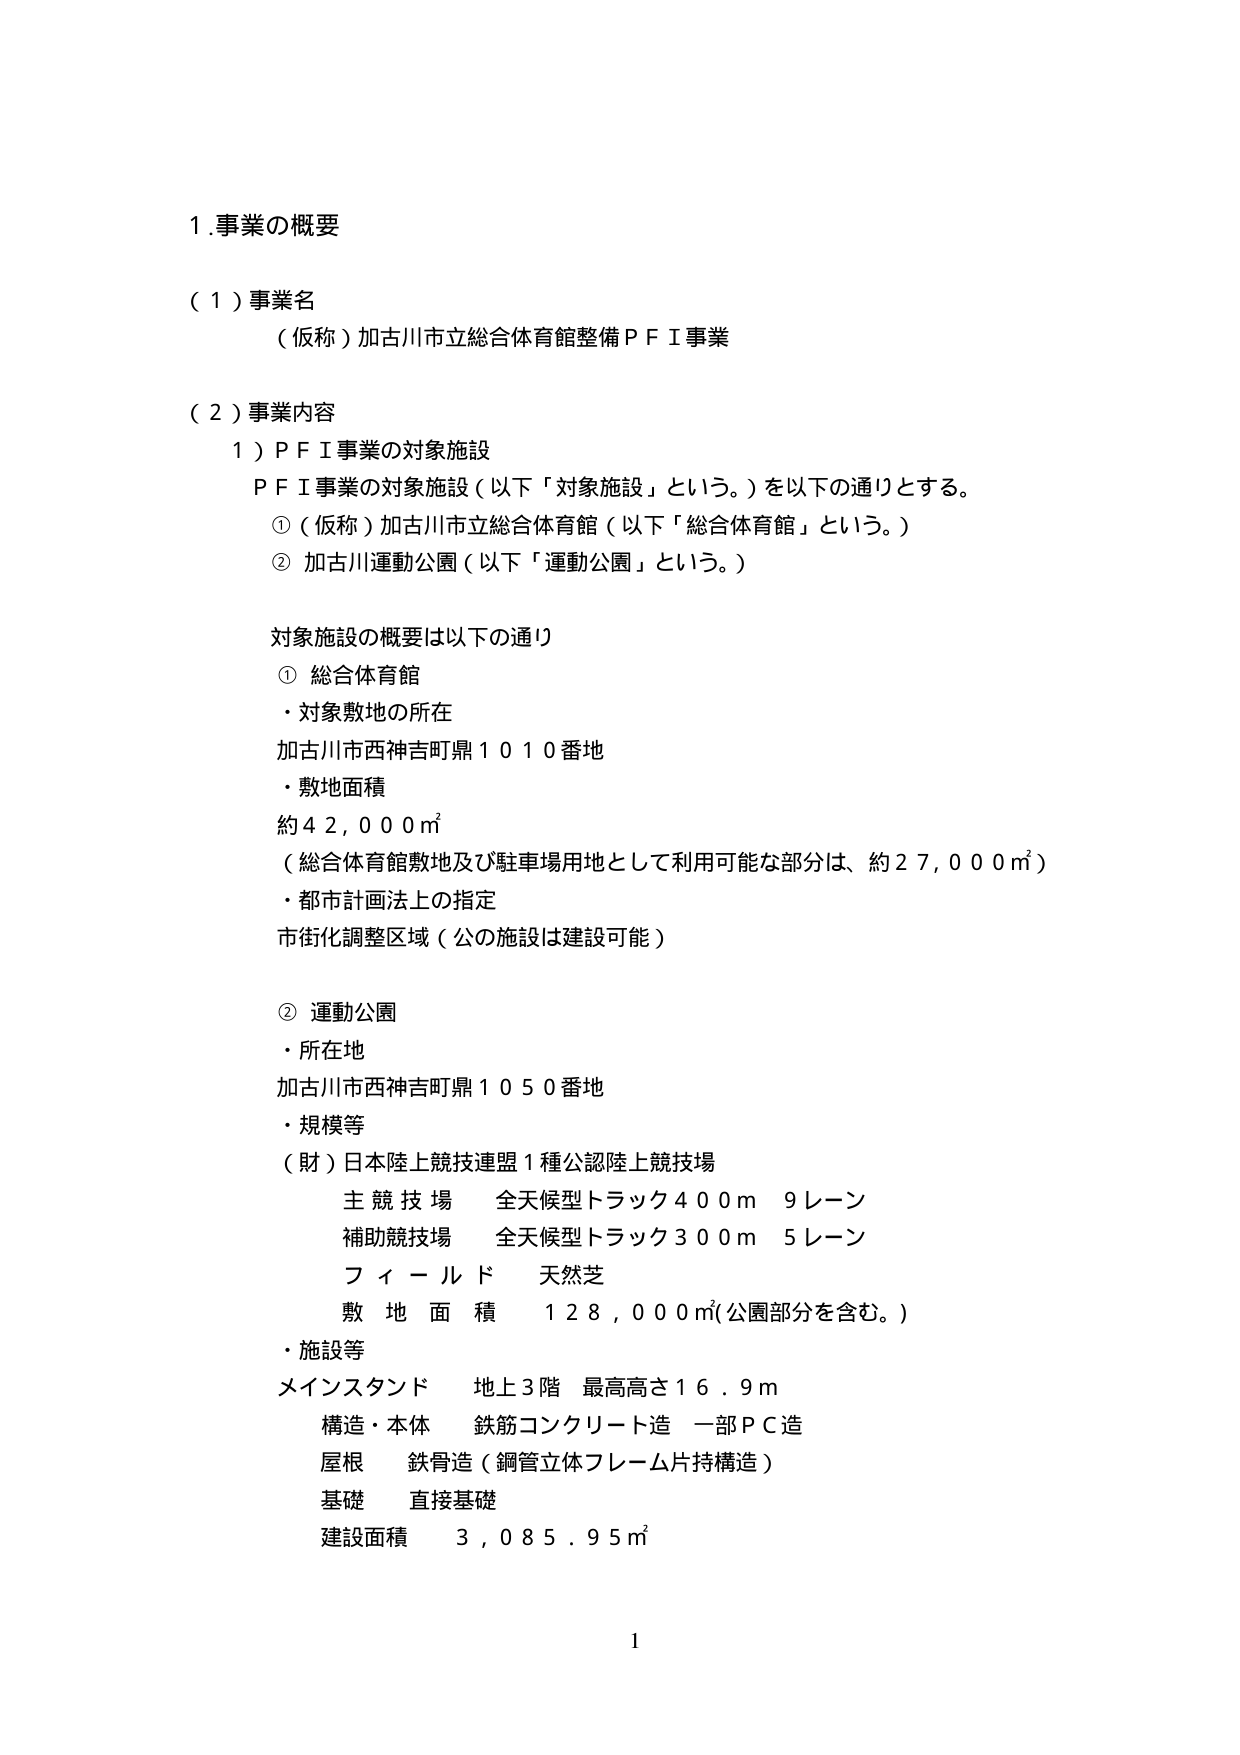
1.事業の概要

（１）事業名
（仮称）加古川市立総合体育館整備ＰＦＩ事業

（２）事業内容
１）ＰＦＩ事業の対象施設
ＰＦＩ事業の対象施設（以下「対象施設」という。）を以下の通りとする。
①（仮称）加古川市立総合体育館（以下「総合体育館」という。）
② 加古川運動公園（以下「運動公園」という。）

対象施設の概要は以下の通り
① 総合体育館
・対象敷地の所在
加古川市西神吉町鼎１０１０番地
・敷地面積
約４２，０００㎡
（総合体育館敷地及び駐車場用地として利用可能な部分は、約２７，０００㎡）
・都市計画法上の指定
市街化調整区域（公の施設は建設可能）

② 運動公園
・所在地
加古川市西神吉町鼎１０５０番地
・規模等
（財）日本陸上競技連盟１種公認陸上競技場
主競技場　全天候型トラック４００ｍ　９レーン
補助競技場　全天候型トラック３００ｍ　５レーン
フィールド　天然芝
敷地面積　１２８，０００㎡（公園部分を含む。）
・施設等
メインスタンド　地上３階　最高高さ１６．９ｍ
構造・本体　鉄筋コンクリート造　一部ＰＣ造
屋根　鉄骨造（鋼管立体フレーム片持構造）
基礎　直接基礎
建設面積　３，０８５．９５㎡

1